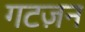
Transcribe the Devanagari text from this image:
गटज़न